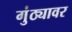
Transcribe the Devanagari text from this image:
गुंठ्यावर